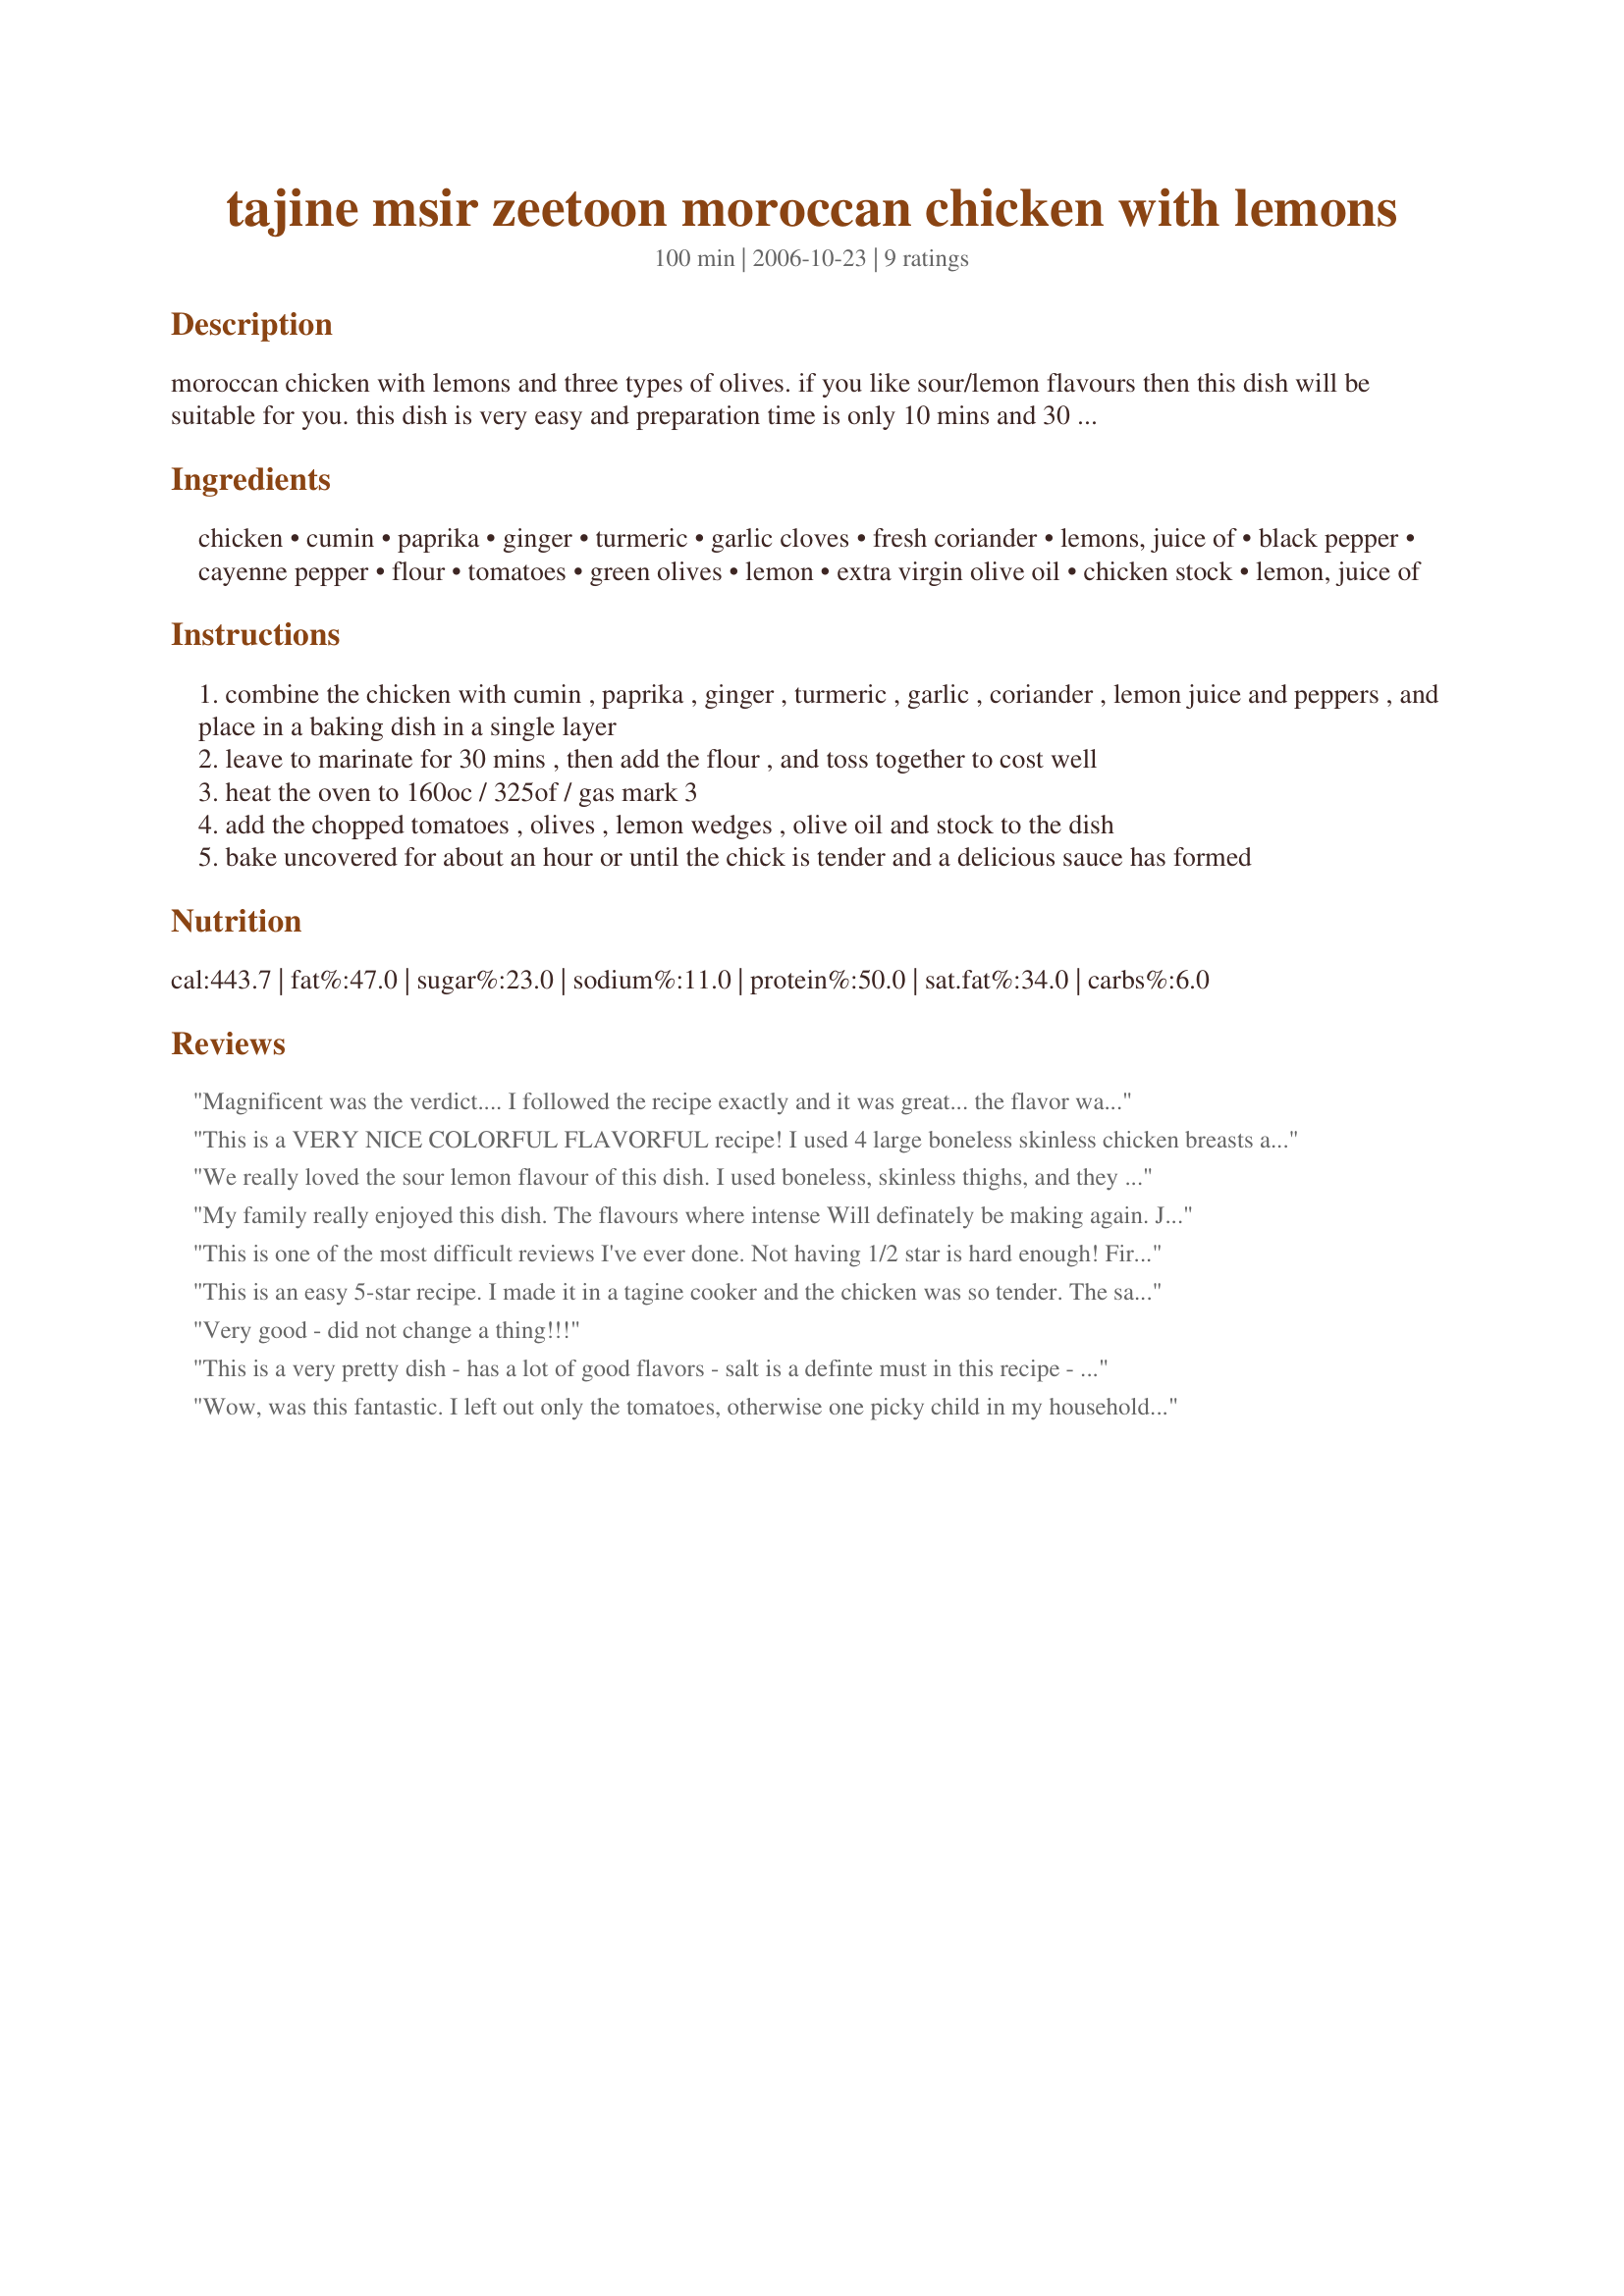
tajine msir zeetoon moroccan chicken with lemons
Preparation time: 100 minutes

moroccan chicken with lemons and three types of olives. if you like sour/lemon flavours then this dish will be suitable for you. this dish is very easy and preparation time is only 10 mins and 30 mins to marinate. the recipe requires 1 chicken cut into serving pieces but i used 8 chicken pieces (thighs & drumsticks) with skin off. i don't normally have fresh coriander regularly available but i used 1 teaspoon of coriander powdered. it comes from a book called 'the olive oil cookbook' by marlena spieler.

Ingredients:
chicken, cumin, paprika, ginger, turmeric, garlic cloves, fresh coriander, lemons, juice of, black pepper, cayenne pepper, flour, tomatoes, green olives, lemon, extra virgin olive oil, chicken stock, lemon, juice of

Steps:
combine the chicken with cumin , paprika , ginger , turmeric , garlic , coriander , lemon juice and peppers , and place in a baking dish in a single layer
leave to marinate for 30 mins , then add the flour , and toss together to cost well
heat the oven to 160oc / 325of / gas mark 3
add the chopped tomatoes , olives , lemon wedges , olive oil and stock to the dish
bake uncovered for about an hour or until the chick is tender and a delicious sauce has formed

Reviews:
Magnificent was the verdict....

I followed the recipe exactly and it was great... the flavor was just so different and yummy thanks for posting. its going to be added to my menus at home
This is a VERY NICE COLORFUL FLAVORFUL recipe! I used 4 large boneless skinless chicken breasts and 3 bunches of chopped cilantro. I omitted the flour. I used 2 (15oz) cans of chopped tomatoes which ended up being too much. For the olives I used kalamata, green stuffed with pimentos and green stuffed with garlic. I didn't find it too sour but it did need salt to bring out the flavors.
We really loved the sour lemon flavour of this dish. I used boneless, skinless thighs, and they came out so tender. So simple and tasty. I'll definitely make this again. Thanks!!
My family really enjoyed this dish. The flavours where intense Will definately be making again. Just a couple of changes - I didn't have enough lemons, so I added sliced preserved lemons instead of lemon wedges. I had the fresh coriander so used that and I cooked it on the stove top in my new tangine. To balance out the sharp citrus taste and served this with steamed couscous studded with currants and pinenuts. I made this as part of Recipe Swap #35
This is one of the most difficult reviews I've ever done. Not having 1/2 star is hard enough! First the good news: the spice mixture is incredibly good. I'd like to repeat that: the spice mixture ...! In fact, I'd suggest that the marinating mixture be doubled! I had about 2 lbs or more of chicken pieces and I could have done with more spice mix. I followed Chef floWer's recipe as closely as I could and used no substitutions. I could have made the marinade hotter. Now the other news is that I decided to dribble over the dish (before it went into the oven) quite an amount of honey, otherwise certain people in this household would have complained that the dish was too sour or acidic. Tomatoes tend to be sour when cooked, and there were all that lemon juice and lemon pieces ... So in the end the dish was absolutely great. I did not use the olive oil, as I could see the chicken with skin had enough fat. I suspect that I used too much tomato ... But honestly, I recommend this recipe to anyone who comes across it. I feel a few tweaks (increased spices for a whole chicken in pieces, and some sweetening) could bring this dish into the 4 1/2 star category!! Thanks, Chef floWer, please realise that you pleased us!!! I apologise for the photo, which had to be taken under artificial light as it was almost dark when the lovely dish came out of the oven! I sort of put it down and shot it, so it's not Food Art!!
This is an easy 5-star recipe. I made it in a tagine cooker and the chicken was so tender. The sauce was sublime. My dinner company loved it and even took some back home with them. I served it with plain basmati rice and homemade bread. Wonderful recipe Flower.
Very good - did not change a thing!!!
This is a very pretty dish - has a lot of good flavors - salt is a definte must in this recipe - just lacks a little in depth of flavors tried them again as leftovers the day after the day after and there was something there that wasn't there the day it was made so perhaps like good soups and stews this one taste's better with age!!! thank you
Wow, was this fantastic. I left out only the tomatoes, otherwise one picky child in my household would not have eaten her supper. This was a keeper, I'll make it again.
